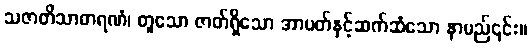
သဇာတိသာဓာရဏံ၊ တူသော ဇာတ်ရှိသော အာပတ်နှင့်ဆက်ဆံသော နာမည်၎င်း။